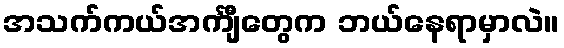
အသက်ကယ်အင်္ကျီတွေက ဘယ်နေရာမှာလဲ။